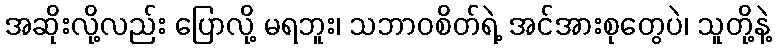
အဆိုးလို့လည်း ပြောလို့ မရဘူး၊ သဘာဝစိတ်ရဲ့ အင်အားစုတွေပဲ၊ သူတို့နဲ့